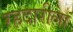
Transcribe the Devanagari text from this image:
रहदारीला